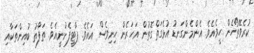
ކުރެވޭތޯހެން ހީވެއެވެ. އެންމެންގަނޑު އުޅެގަތްގޮތުން އަހަރެން ހިނިވެސް އައެވެ. ޕާޓީފެށުނީއެވެ. ތަފާތު ބުއިންތަކާއި